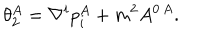
LaTeX: \theta _ { 2 } ^ { A } = \nabla ^ { i } p _ { i } ^ { A } + m ^ { 2 } A ^ { 0 \, A } .